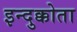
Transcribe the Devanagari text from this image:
इन्दुक्कोता